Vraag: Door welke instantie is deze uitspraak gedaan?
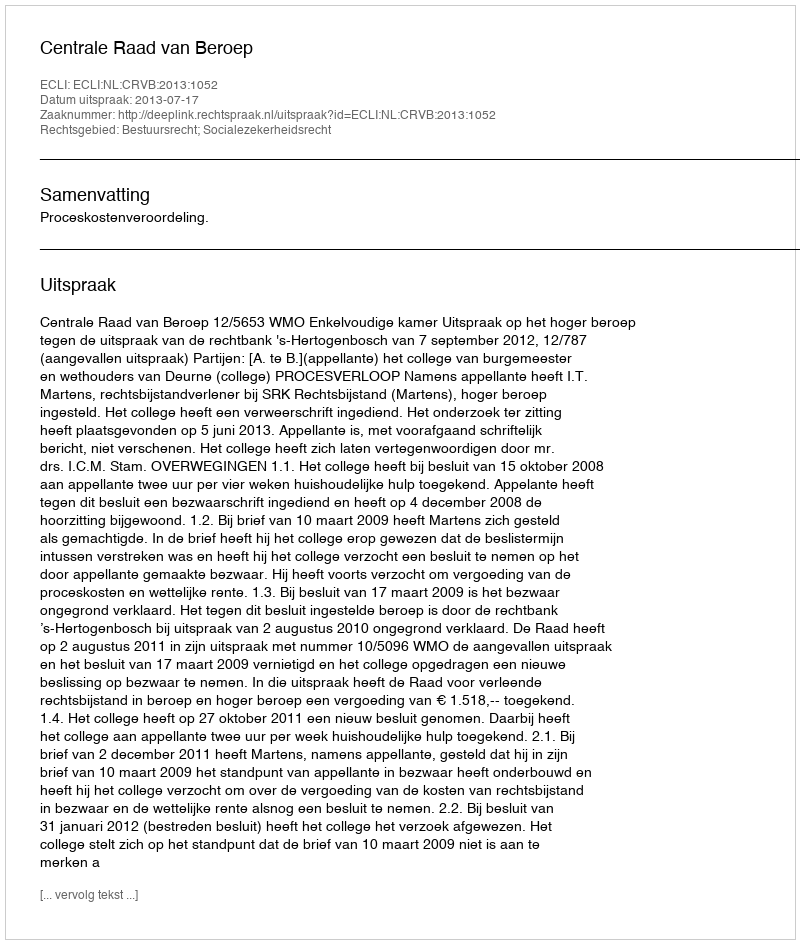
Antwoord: Centrale Raad van Beroep